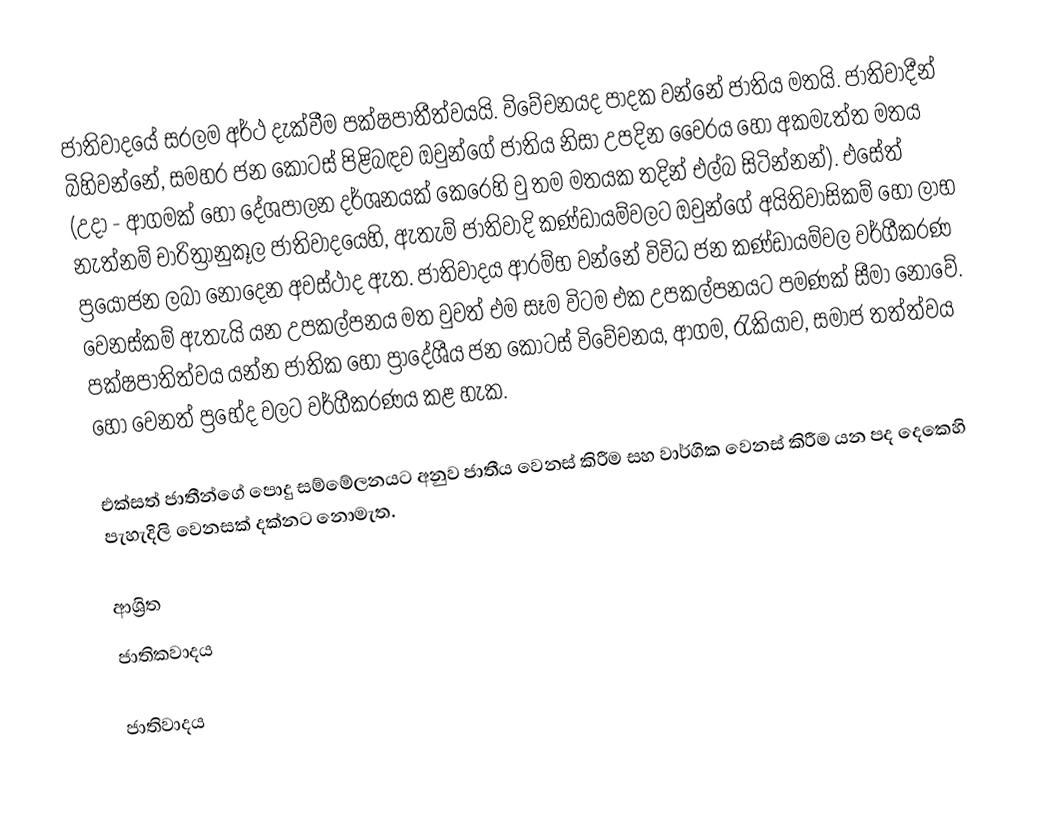
ජාතිවාදයේ සරලම අර්ථ දැක්වීම පක්ෂපාතීත්වයයි. විවේචනයද පාදක වන්නේ ජාතිය මතයි. ජාතිවාදීන් බිහිවන්නේ, සමහර ජන කොටස් පිළිබඳව ඔවුන්ගේ ජාතිය නිසා උපදින වෛරය හෝ අකමැත්ත මතය (උදා - ආගමක් හෝ දේශපාලන දර්ශනයක් කෙරෙහි වු තම මතයක තදින් එල්බ සිටින්නන්). එසේත් නැත්නම් චාරිත්‍රානුකූල ජාතිවාදයෙහි, ඇතැම් ජාතිවාදි කණ්ඩායම්වලට ඔවුන්ගේ අයිතිවාසිකම් හෝ ලාභ ප්‍රයෝජන ලබා නොදෙන අවස්ථාද ඇත. ජාතිවාදය ආරම්භ වන්නේ විවිධ ජන කණ්ඩායම්වල වර්ගීකරණ වෙනස්කම් ඇතැයි යන උපකල්පනය මත වුවත් එම සෑම විටම එක උපකල්පනයට පමණක් සීමා නොවේ. පක්ෂපාතිත්වය යන්න ජාතික හෝ ප්‍රාදේශීය ජන කොටස් විවේචනය, ආගම, රැකියාව, සමාජ තත්ත්වය හෝ වෙනත් ප්‍රභේද වලට වර්ගීකරණය කළ හැක.

එක්සත් ජාතීන්ගේ පොදු සම්මේලනයට අනුව ජාතීය වෙනස් කිරීම සහ වාර්ගික වෙනස් කිරීම යන පද දෙකෙහි පැහැදිලි වෙනසක් දක්නට නොමැත.

ආශ්‍රිත
 ජාතිකවාදය

ජාතිවාදය